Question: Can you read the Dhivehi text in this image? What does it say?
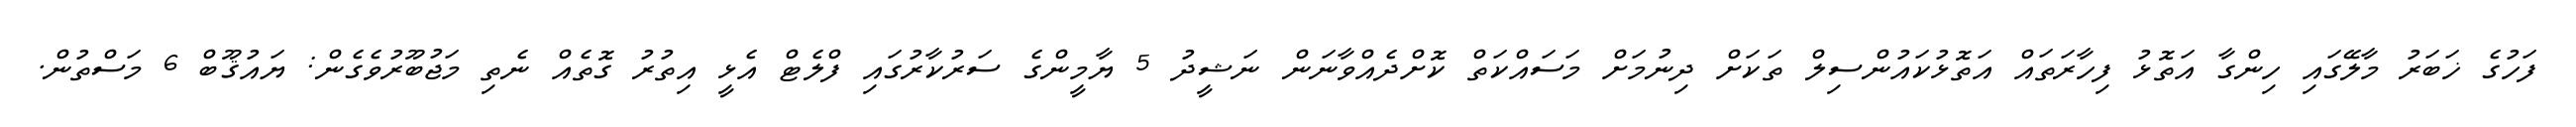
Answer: ފަހުގެ ޚަބަރު މާލޭގައި ހިންގާ އަތޮޅު ފިހާރަތައް އަތޮޅުކައުންސިލް ތަކަށް ދިނުމަށް މަސައްކަތް ކޮށްދެއްވާނަން ނަޝީދު 5 ޔާމީންގެ ސަރުކާރުގައި ފްލެޓް އެޅީ އިތުރު ގޮތެއް ނެތި މަޖުބޫރުވެގެން: ޔައުޤޫބް 6 މަސްތުން.